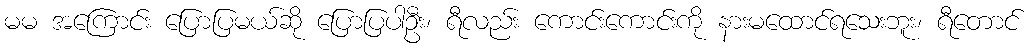
မမ အကြောင်း ပြောပြမယ်ဆို ပြောပြပါဦး၊ ရီလည်း ကောင်းကောင်းကို နားမထောင်ရသေးဘူး၊ ရီတောင်